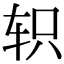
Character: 轵